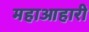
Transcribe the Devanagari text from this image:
महाआहारी